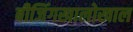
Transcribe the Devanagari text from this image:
बीजिंगखालोखाल